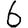
Digit: 6